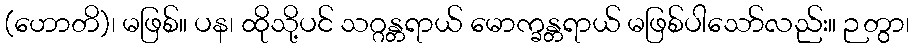
(ဟောတိ)၊ မဖြစ်။ ပန၊ ထိုသို့ပင် သဂ္ဂန္တရာယ် မောက္ခန္တရာယ် မဖြစ်ပါသော်လည်း။ ဉတွာ၊